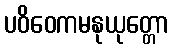
ပဝိဝေကမနုယုတ္တော